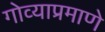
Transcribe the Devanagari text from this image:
गोव्याप्रमाणे